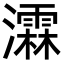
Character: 瀮